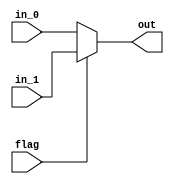
module mux #(
  parameter LENGTH = 4,
  parameter DATA_WIDTH = 16
)(
  input flag,
  input [LENGTH*DATA_WIDTH-1 : 0] in_0,
  input [LENGTH*DATA_WIDTH-1 : 0] in_1,  
  output [LENGTH*DATA_WIDTH-1 : 0] out  
);
  assign out = flag ? in_1 : in_0;
endmodule

module test();
  reg flag = 1;
  reg [31:0] in_0 = 0;
  reg [31:0] in_1 = 0;
  wire [31:0] out;
  mux #(2,16) hahaha (flag, in_0, in_1, out);
  always # 1   $display(" %d %d", out[31:16], out[15:0]);
  initial begin
    # 1 in_0[31:16] = 0; in_0[15:0] = 0; in_1[31:16] = 1; in_1[15:0] = 1; flag = 0;
    # 1 flag = 1;
    # 1 flag = 0;
    # 1 flag = 1;
    # 1 flag = 0;
    # 1 $stop;
  end
endmodule